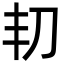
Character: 㓞